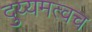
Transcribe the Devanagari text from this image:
दुय्यमत्वच